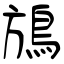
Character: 鴋